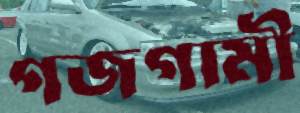
গজগামী